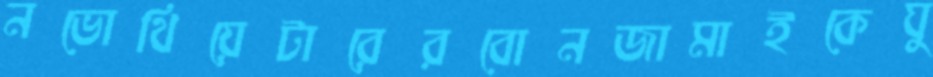
নভোথিয়েটারেরবোনজামাইকেঘু